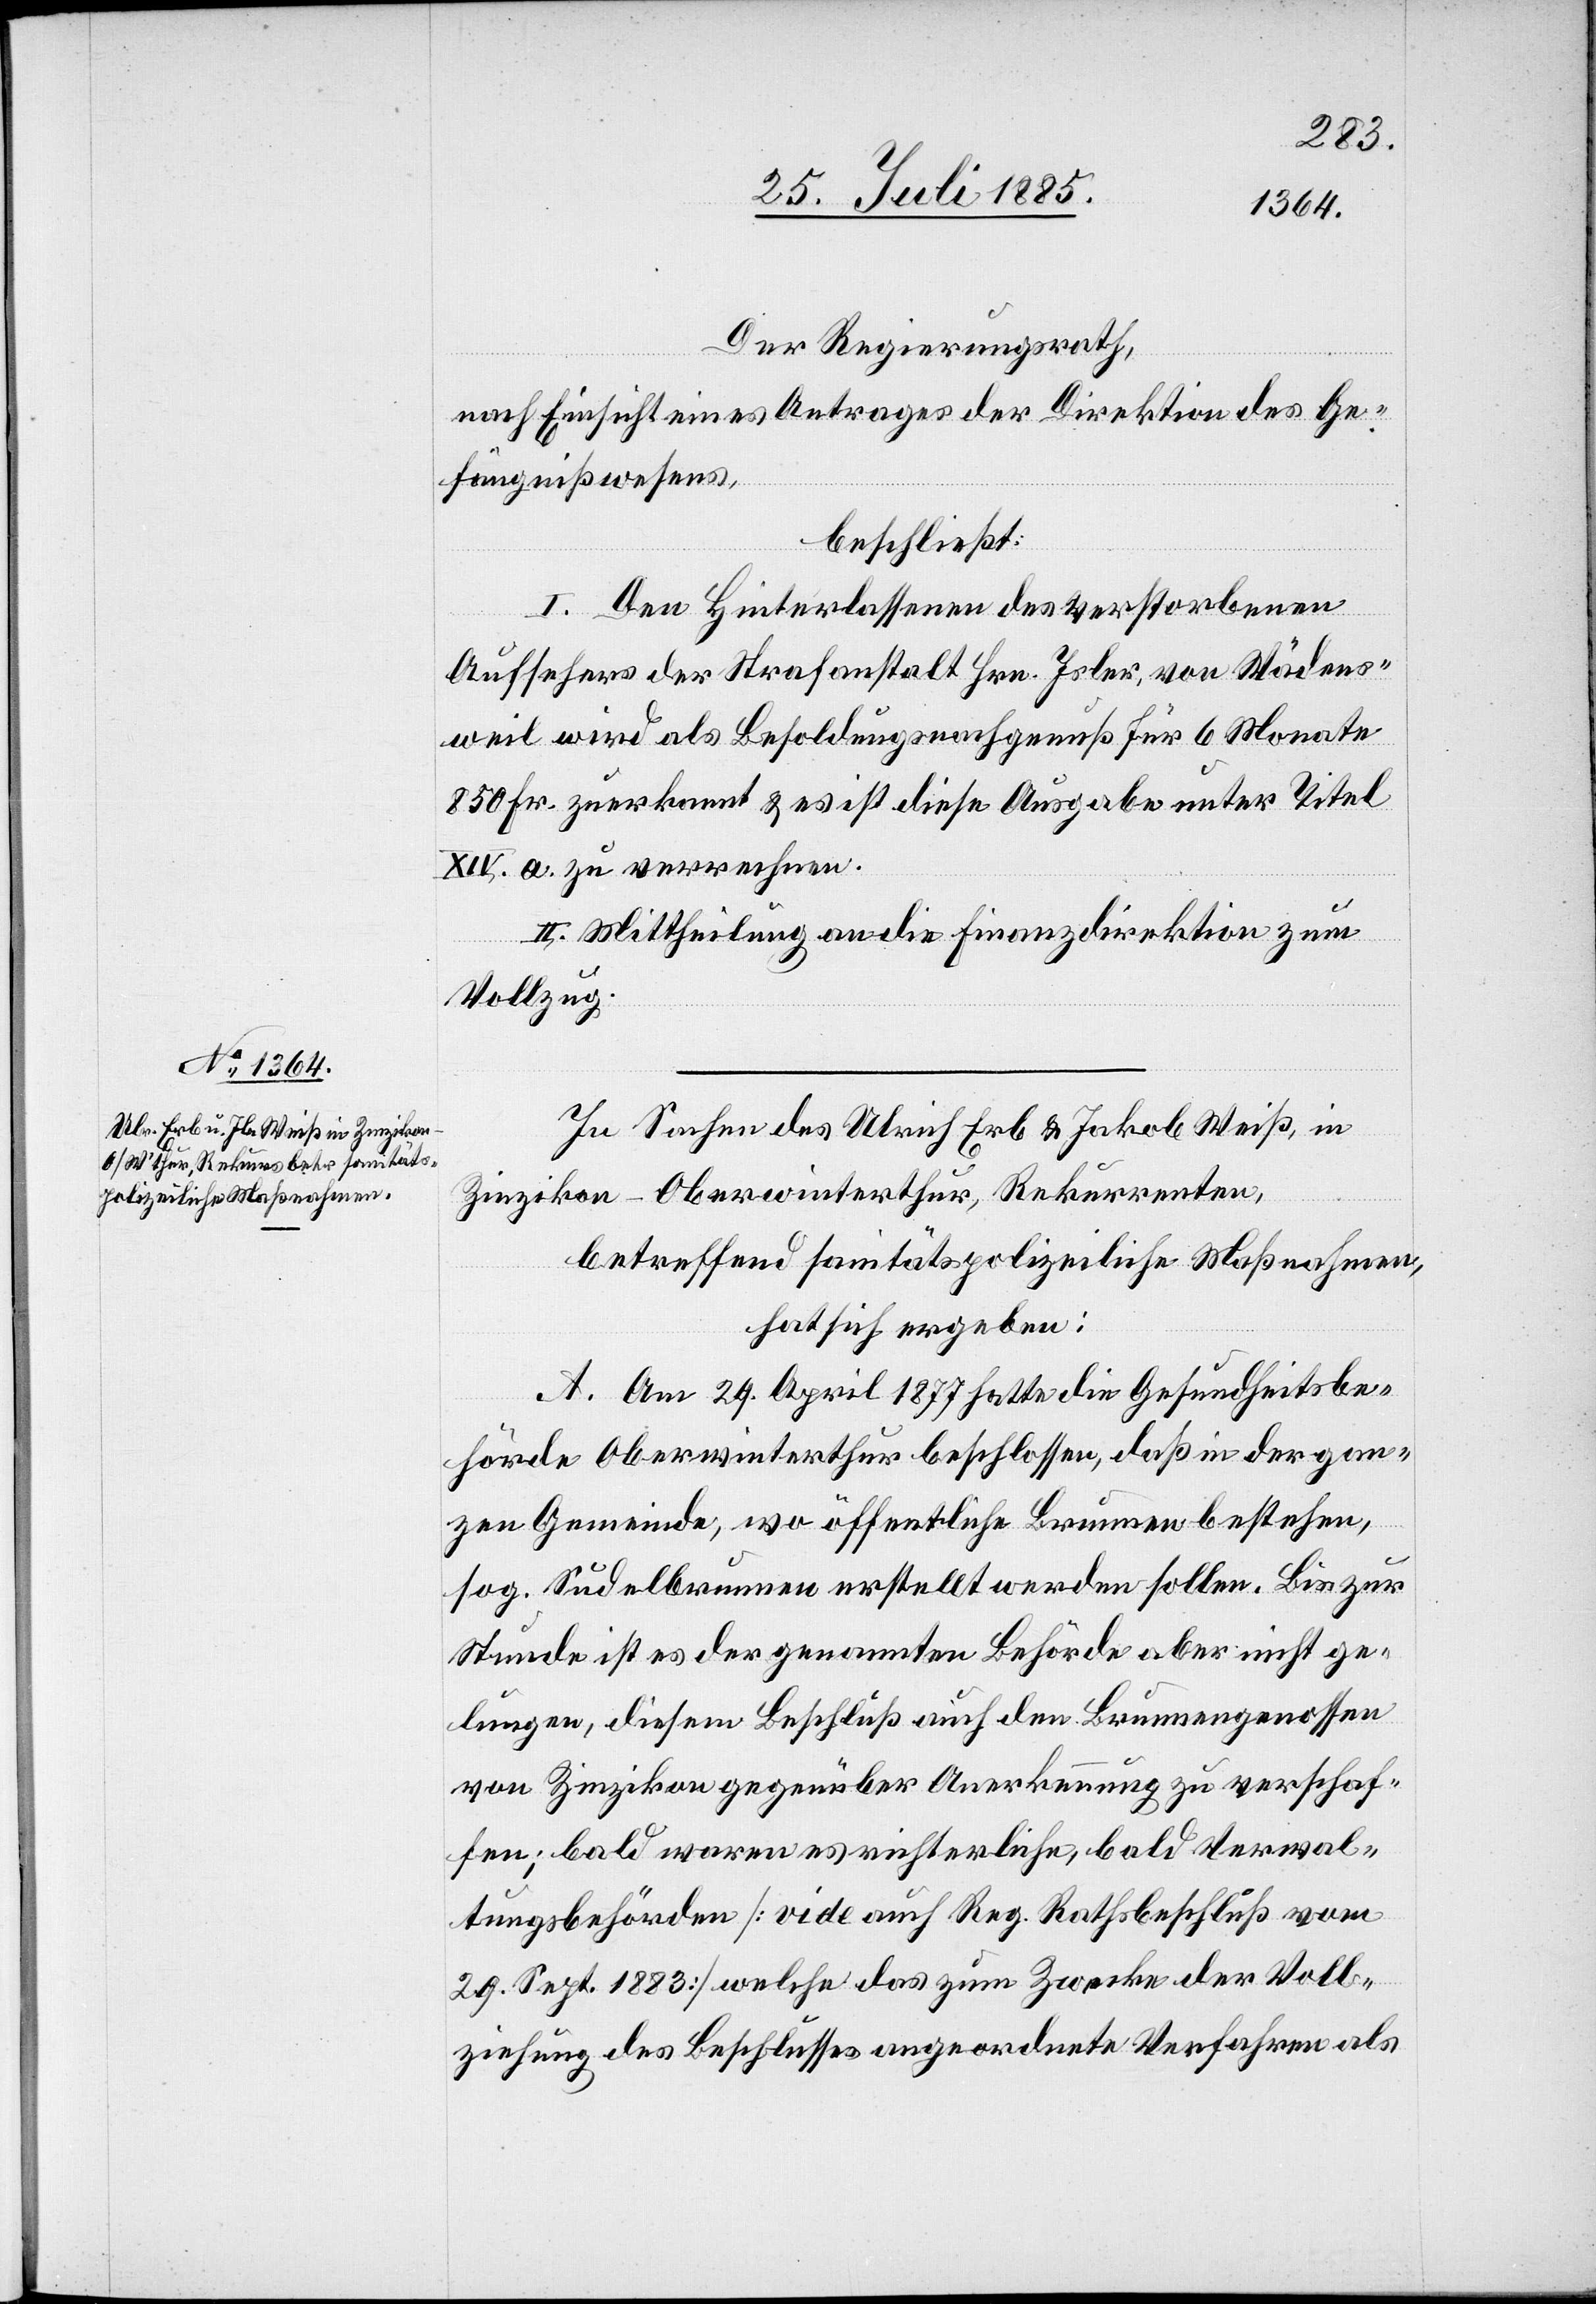
Der Regierungsrath,
nach Einsicht eines Antrages der Direktion des Ge¬
fängnißwesens,
beschließt:
I. Den Hinterlassenen des verstorbenen
Aufsehers der Strafanstalt Hrn. Isler, von Wädens¬
weil wird als Besoldungsnachgenuß für 6 Monate
850 Fr. zuerkannt & es ist diese Ausgabe unter Titel
XIV. a. zu verrechnen.
II. Mittheilung an die Finanzdirektion zum
Vollzug.